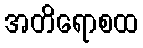
အတိရောစထ